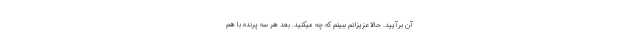
آن برآیید. حالا عزیزانم ببینم که چه میکنید. بعد هر سه پرنده با هم